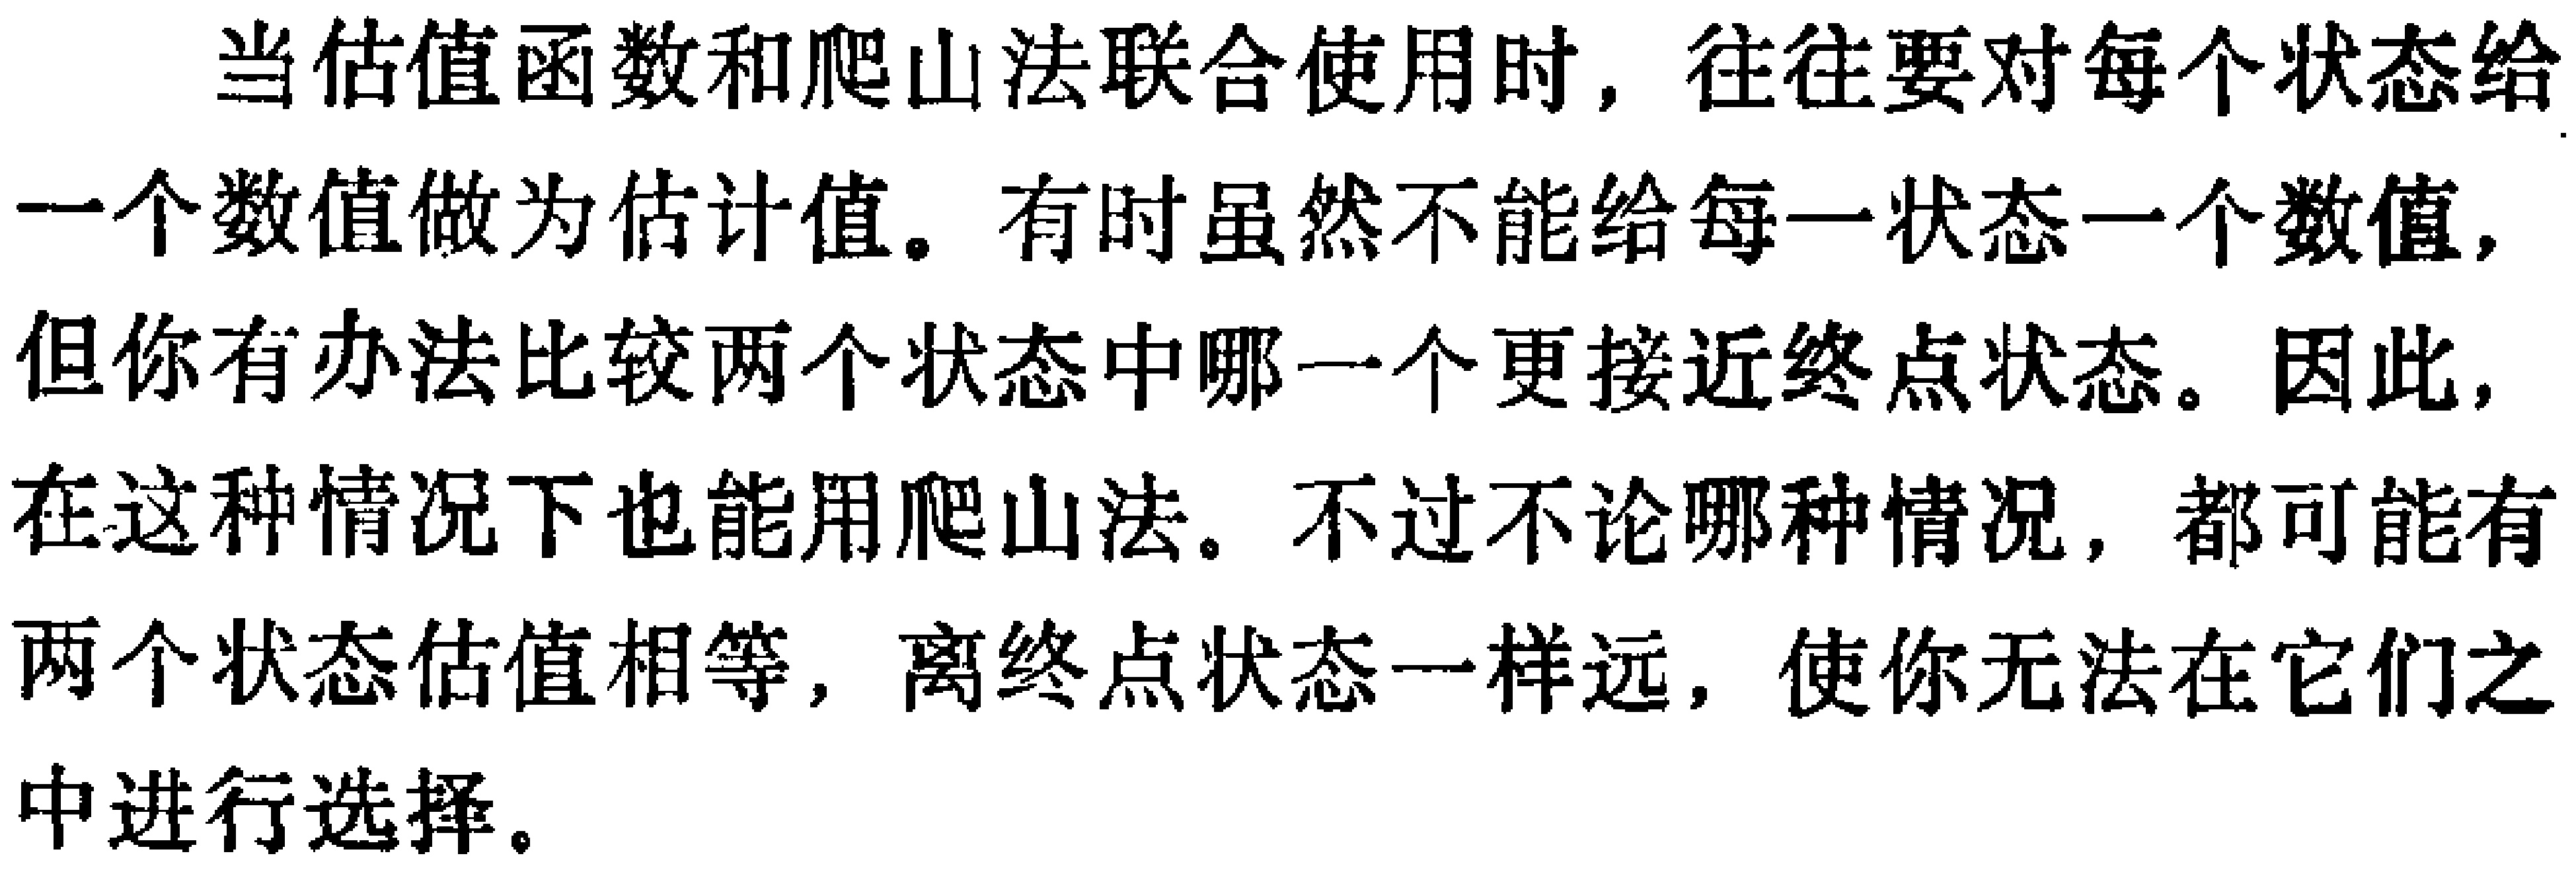
当估值函数和爬山法联合使用时，往往要对每个状态给一个数值做为估计值。有时虽然不能给每一状态一个数值，但你有办法比较两个状态中哪一个更接近终点状态。因此，在这种情况下也能用爬山法。不过不论哪种情况，都可能有两个状态估值相等，离终点状态一样远，使你无法在它们之中进行选择。